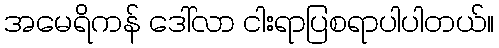
အမေရိကန် ဒေါ်လာ ငါးရာပြစရာပါပါတယ်။